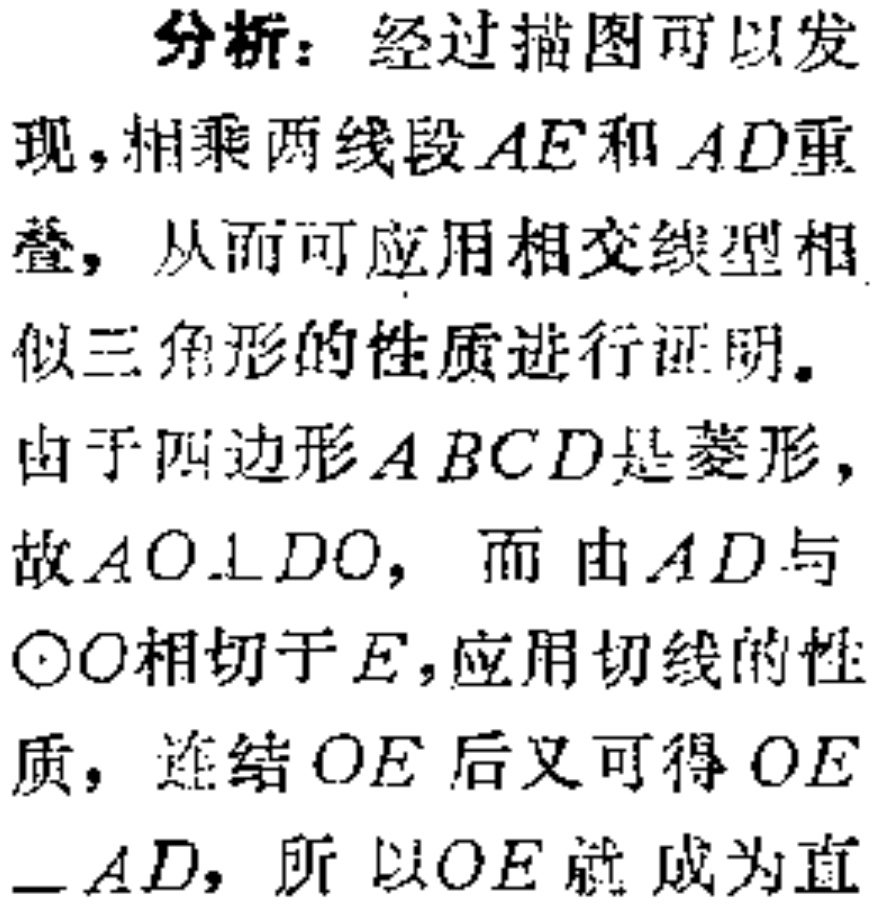
分析：经过描图可以发
现，相乘两线段\(AE\)和\(AD\)重
叠，从而可应用相交线型相
似三角形的性质进行证明。
由于四边形\(ABCD\)是菱形，
故\(AO\perp DO\)，而由\(AD\)与
\(\odot O\)相切于\(E\)，应用切线的性
质，连结\(OE\)后又可得\(OE\)
\(\perp AD\)，所以\(OE\)就成为直